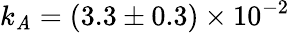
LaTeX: k_{\mathit{A}}=(3.3\pm0.3)\times10^{-2}